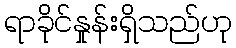
ရာခိုင်နှုန်းရှိသည်ဟု